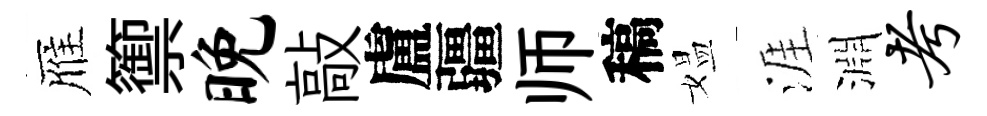
雁籞晚敲盧疆师稿媪涯淵考